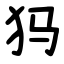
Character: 犸